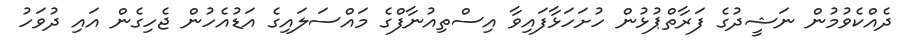
ދެއްކެވުމުން ނަޝީދުގެ ފަރާތްޕުޅުން ހުށަހަޅާފައިވާ އިސްތިއުނާފްގެ މައްސަލައިގެ އަޑުއެހުން ޖެހިގެން އައި ދުވަހު